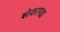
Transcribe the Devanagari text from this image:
शेकापक्ष